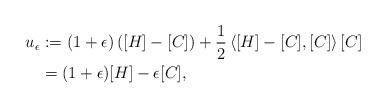
LaTeX: \begin{align*}u_{\epsilon} &:= (1 + \epsilon)\left([H]-[C]\right) + \frac{1}{2}\left\langle [H]-[C],[C]\right\rangle [C] \\&= (1 + \epsilon) [H] -\epsilon [C],\end{align*}